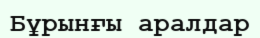
Бұрынғы аралдар